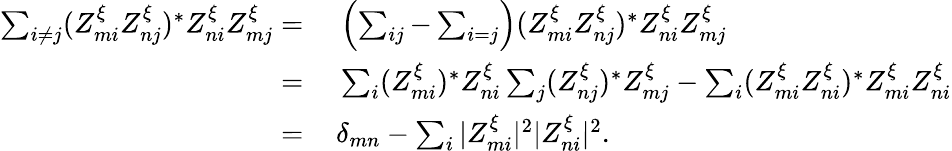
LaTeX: \begin{array}{rl}{\sum_{i\neq j}(Z_{mi}^{\xi}Z_{nj}^{\xi})^{*}Z_{ni}^{\xi}Z_{mj}^{\xi}=\, }&{{}\left(\sum_{ij}-\sum_{i=j}\right)(Z_{mi}^{\xi}Z_{nj}^{\xi})^{*}Z_{ni}^{\xi}Z_{mj}^{\xi}}\\ {=\, }&{{}\sum_{i}(Z_{mi}^{\xi})^{*}Z_{ni}^{\xi}\sum_{j}(Z_{nj}^{\xi})^{*}Z_{mj}^{\xi}-\sum_{i}(Z_{mi}^{\xi}Z_{ni}^{\xi})^{*}Z_{mi}^{\xi}Z_{ni}^{\xi}}\\ {=\, }&{{}\delta_{mn}-\sum_{i}|Z_{mi}^{\xi}|^{2}|Z_{ni}^{\xi}|^{2}.}\end{array}